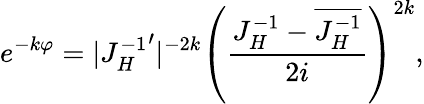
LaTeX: e^{-k\varphi}=|{J_{H}^{-1}}^{\prime}|^{-2k}\left({\frac{J_{H}^{-1}-\overline{{{J_{H}^{-1}}}}}{2i}}\right)^{2k},